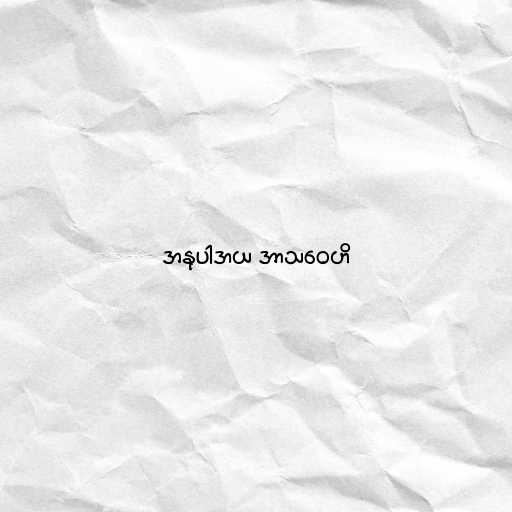
အနုပါဒာယ အာသဝေဟိ